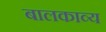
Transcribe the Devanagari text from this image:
बालकाव्य